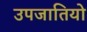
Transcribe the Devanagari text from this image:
उपजातियो